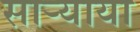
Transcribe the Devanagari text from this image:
साऱ्याया